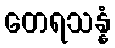
တေရသန္နံ